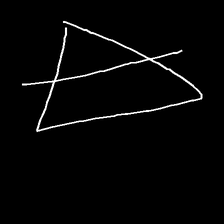
Glyph: empower